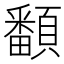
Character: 𩕏